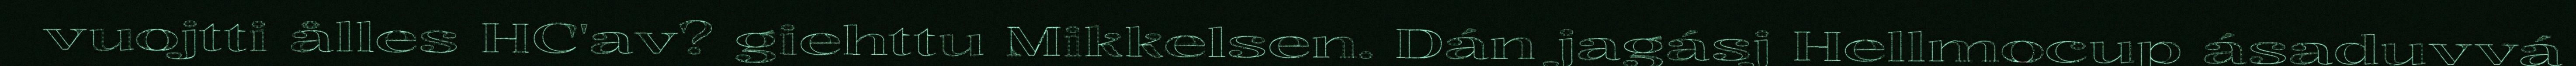
vuojtti ålles HC'av? giehttu Mikkelsen. Dán jagásj Hellmocup ásaduvvá